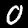
Digit: 0